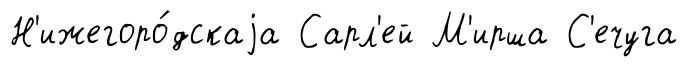
Н'ижегоро́дскаjа Сарл'ей М'ирша С'ечуга